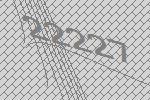
22227